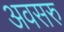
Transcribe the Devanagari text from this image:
अवसरु